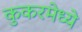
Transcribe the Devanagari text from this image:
कुकरमेध्ये